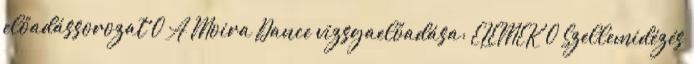
előadássorozat 0 A Moira Dance vizsgaelőadása: ELEMEK 0 Szellemidézés